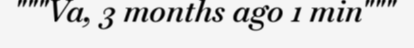
"""Va, 3 months ago 1 min"""